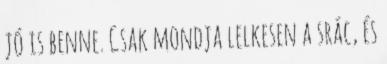
jó is benne. Csak mondja lelkesen a srác, és